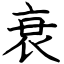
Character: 衰